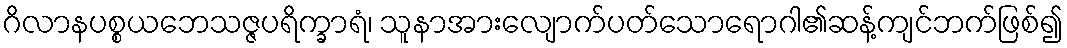
ဂိလာနပစ္စယဘေသဇ္ဇပရိက္ခာရံ၊ သူနာအားလျောက်ပတ်သောရောဂါ၏ဆန့်ကျင်ဘက်ဖြစ်၍